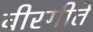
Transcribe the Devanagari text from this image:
वीरगीते